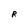
Character: R